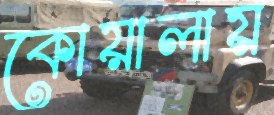
কোয়ালায়